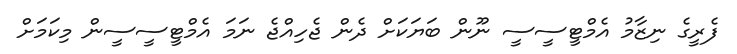
ފެރީގެ ނިޒާމު އެމްޓީސީސީ ނޫން ބަޔަކަށް ދެން ޖެހިއްޖެ ނަމަ އެމްޓީސީސީން މިކަމަށް